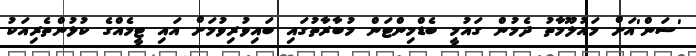
'ސަން'އަށް މައުލޫމާތު ދެމުން ގައުމީ ބެޑްމިންޓަން މުބާރާތުގައި ބައިވުރިވުމަށް އައި ޓީމެއްގެ ކުޅުންތެރިއަކު